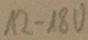
Text: 12-18V